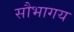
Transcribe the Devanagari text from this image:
सौभागय